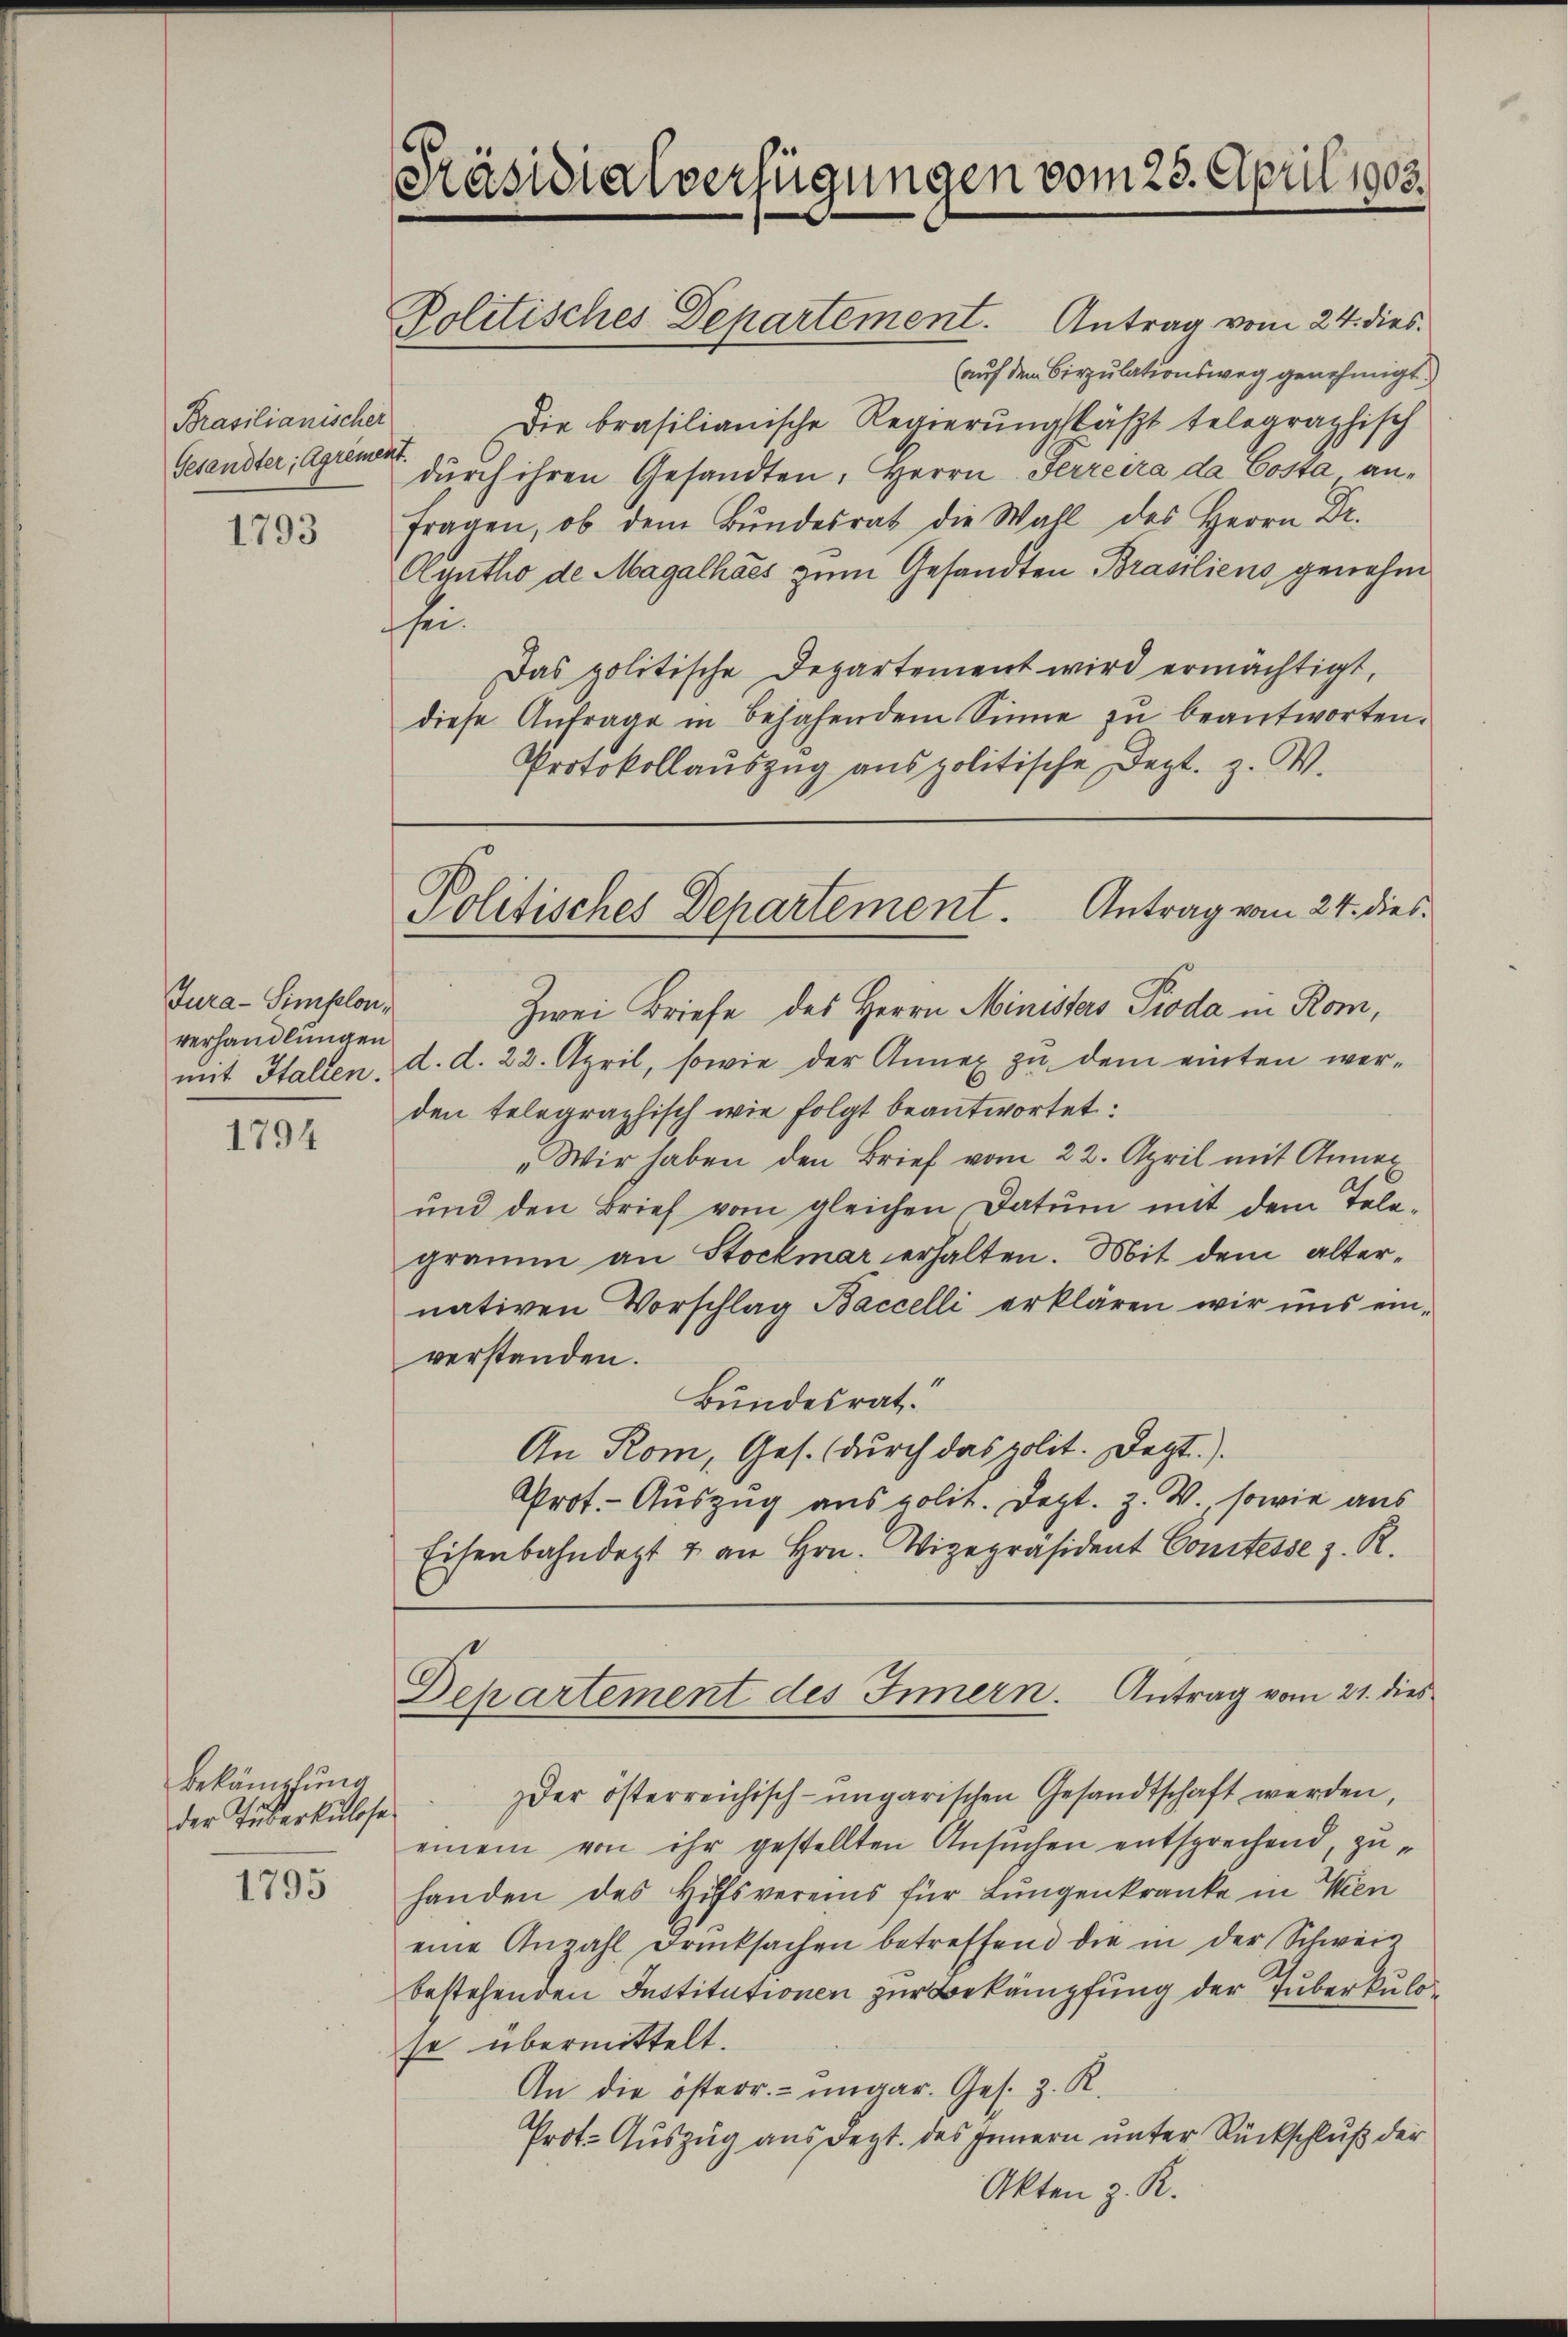
Brasilianischer
Gesandter, Agrement.

1793

Jura-Simplon,
verhandlungen
mit Hallen.

1794

bekämpfung
der Tuberkulose
1795

Präsidialverfügungen vom 23. April 1903.

Politisches Departement. Antrag vom 24. dies
(auf dem Cirzulationsweg genehmigt.
Die brasilianische Regierungsläszt telegraphisch
dŭrch ihren Gesandten, Herrn Herreira da Costa anfragen, ob dem Bŭndesrat die Wall des Herrn Dr.
Ayutho de Magalhaes zum Gesandten Brasiliens genehm
sei.
Das politische Departement wird ermächtigt,
diese Anfrage in bejahendem Sinne zu beantworten.
Protokollaŭszŭg anspolitische Dept. z. B.
Zwei Briefe des Herrn Ministers Pioda in Rom,
d. d. 22. April, sowie der Annex zu dem einten werden telegraphisch wie folgt beantwortet:
„Wir haben den Brief vom 22. April mit Anner
und den Brief vom gleichen Datum mit dem Tele-
gramm an Stockmar erhalten. Mit dem alternativen Vorschlag Baccelli erklären wir uns ein-
verstanden.
Bundesrat.
An Rom, Ges. (durch das polit. Dezt).
Prot. - Auszug aus polit. Dept. Z. V., sowie aus
Eisenbahndet & an Hrn. Vizepräsident Comtesse z. R.

Politisches Departement. Antrag vom 24. dies¬

Departement des Innern. Antrag vom 21. dies

zder österreichisch-ungarischen Gesandtschaft werden,
einem von ihr gestellten Ansuchen entsprechend, zuhanden des Hilfsvereins für Lungenkranke in Wien
eine Anzahl Drucksachen betreffend die in der Schweis
bestehenden Institutionen zur Bekämpfung der Tuberkulo
se übermittelt.
An die österr.-ungar. Ges. z. R.
Prot. Auszug aus dept. des Innern unter Rückschluß der
Akten z. R.